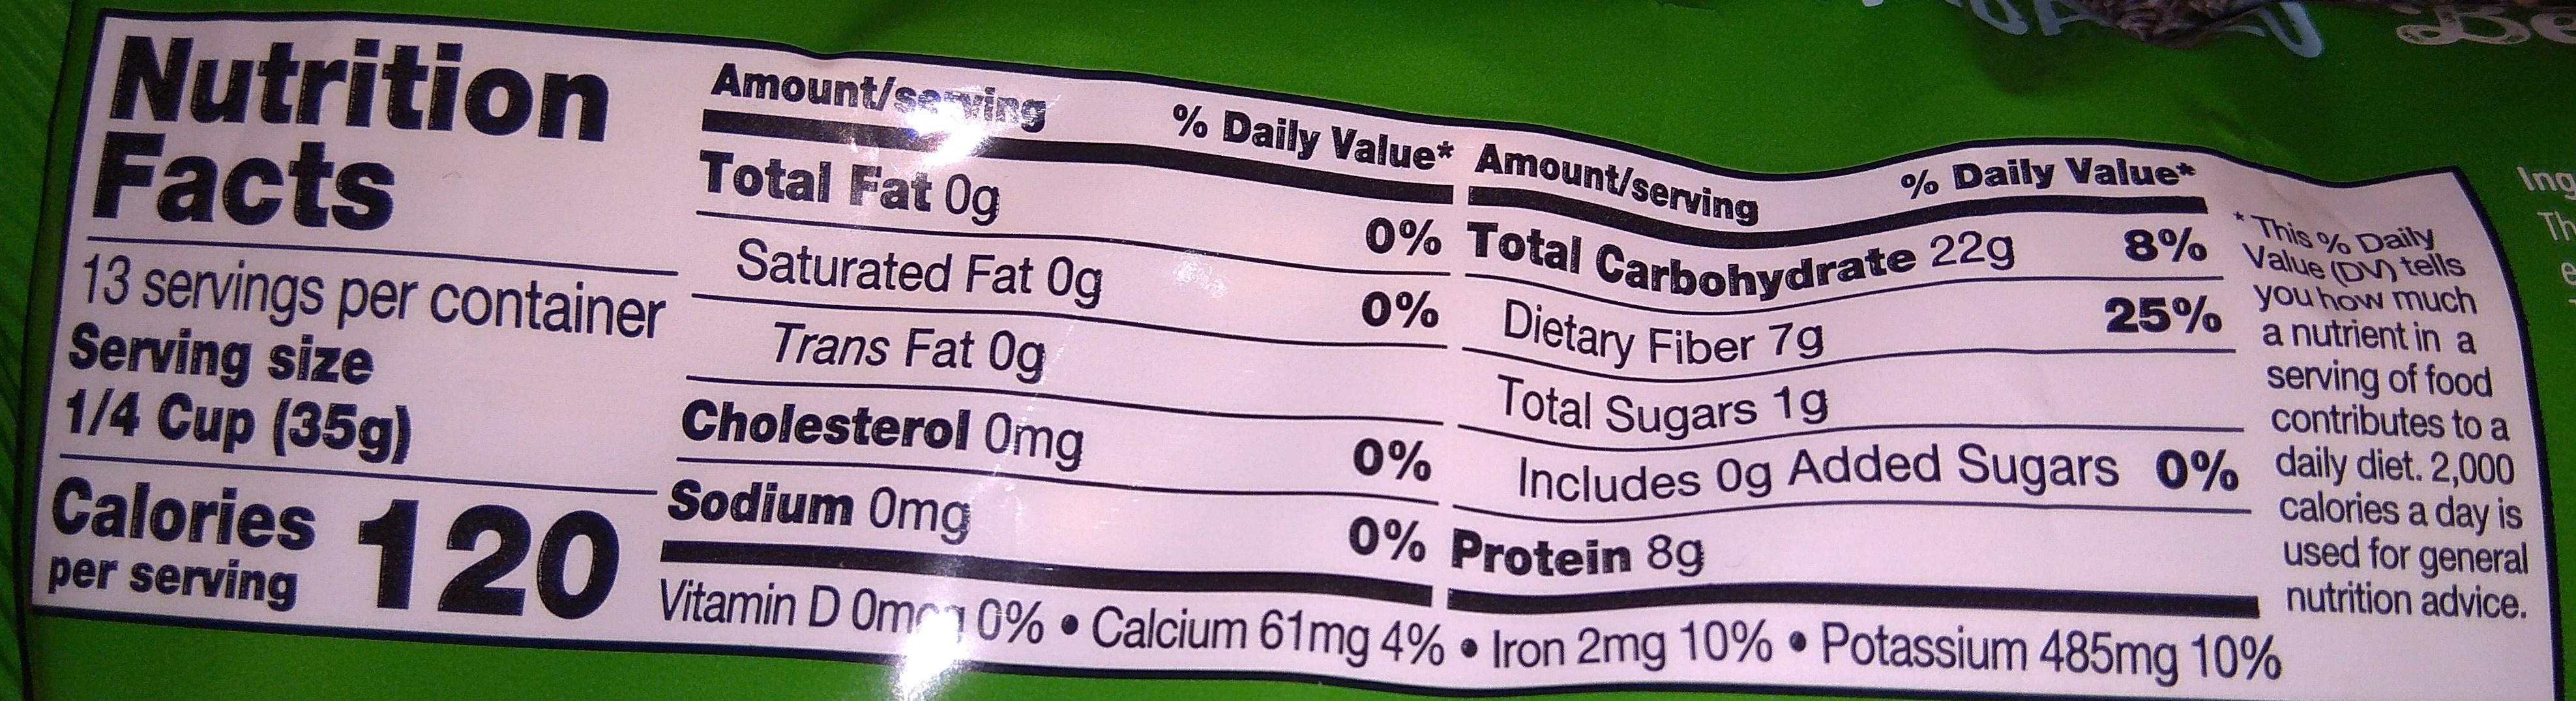
Nutrition Amount/sving % Daily Value Amount/serving Ing Th % Daily Value* This % Day Total Fat 0g Facts 13 servings per container Serving size 1/4 Cup (35g) 8%o Value (D tels 0% Total Carbohydrate 22g 0% Dietary Fiber 79 25% you how much Saturated Fat 0g a nutrient in a serving of food contributes to a Trans Fat 0g Cholesterol 0mg Sodium Omg Vitamin D Om 0% Calcium 61mg 4%. Iron 2mg 10% . Potassium 485mg 10% Total Sugars 1g Includes 0g Added Sugars 0% daily diet. 2,000 calories a day is 0% used for general nutrition advice. 0% Protein 8g Calories 20 per serving